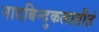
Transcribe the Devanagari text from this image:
नादबिन्दुकलातीतं